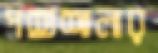
পশুশালার